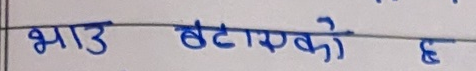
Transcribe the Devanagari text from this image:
भाउ घटाएको छ